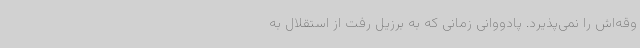
وقه‌اش را نمی‌پذیرد. پادووانی زمانی که به برزیل رفت از استقلال به